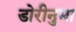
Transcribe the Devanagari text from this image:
डोरीनुमा